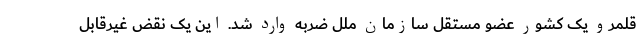
قلمرو یک کشور عضو مستقل سازمان ملل ضربه وارد شد. این یک نقض غیرقابل